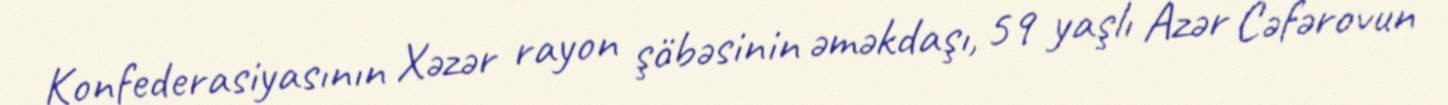
Konfederasiyasının Xəzər rayon şöbəsinin əməkdaşı, 59 yaşlı Azər Cəfərovun